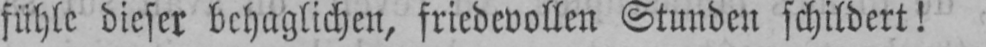
fühle dieser behaglichen, friedevollen Stunden schildert!